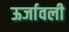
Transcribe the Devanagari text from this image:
ऊर्जावली